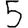
Digit: 5